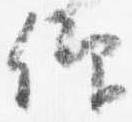
仰